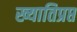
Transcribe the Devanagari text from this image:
ख्यातिप्रप्त